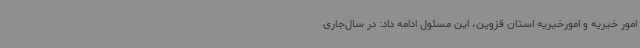
امور خیریه و امورخیریه استان قزوین، این مسئول ادامه داد: در سال‌جاری